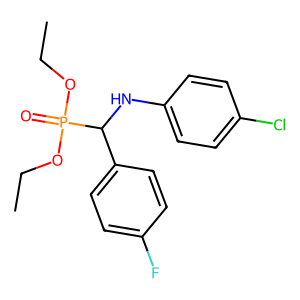
SMILES: CCOP(=O)(OCC)C(Nc1ccc(Cl)cc1)c1ccc(F)cc1
Inhibits HIV replication: No